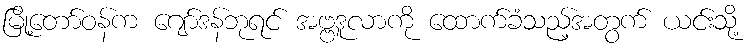
မြို့တော်ဝန်က ဂျော်ဒန်ဘုရင် အဗ္ဗဒူလာကို ထောက်ခံသည့်အတွက် ယင်းသို့